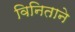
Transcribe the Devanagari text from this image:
विनिताने